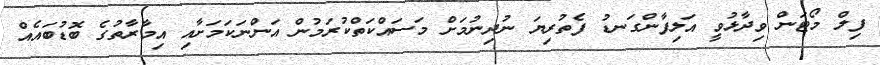
ފިލް މޯޓަން ވިދާޅުވީ އަލިފާންގަނޑު ފެތުރިޔަ ނުދިނުމަށް މަސައްކަތްކުރަމުން އަންނަކަމަށާއި އިމާރާތުގެ ބޮޑުބައެއް